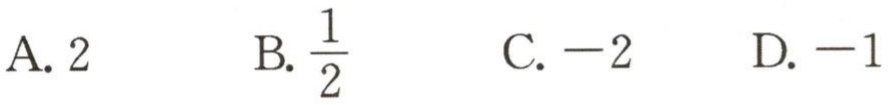
A. \(2\)  B. \(\frac{1}{2}\)  C. \(-2\)  D. \(-1\)